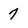
Character: 7